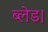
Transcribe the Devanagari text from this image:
ब्लेड।